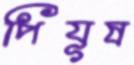
পিযূষ